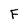
Character: F